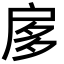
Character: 扅